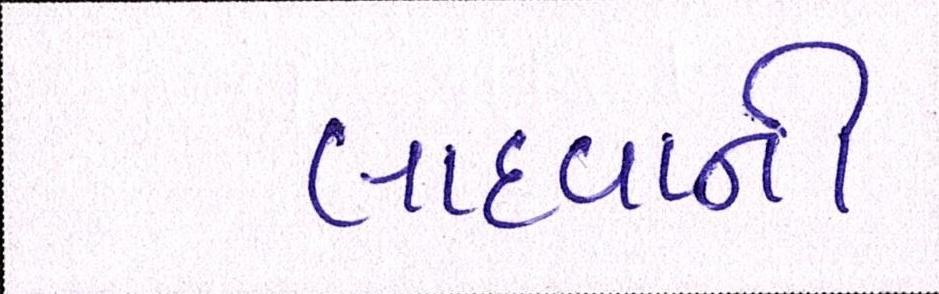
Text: લાદવાની